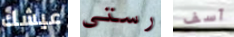
عيشك رستي آسف